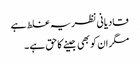
قادیانی نظریہ غلط ہے
مگر ان کو بھی جینے کا حق ہے ۔